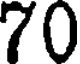
70